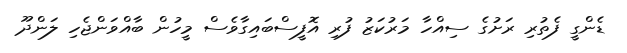
ޑެންގީ ފެތުރި ރަށުގެ ސިއްހާ މަރުކަޒު ފުރި އޮފީސްބައިގާވެސް މީހުން ބާއްވަންޖެހި ލަންދޫ